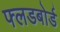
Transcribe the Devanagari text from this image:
फ्लडबोर्ड